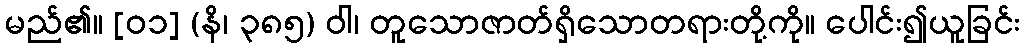
မည်၏။ [၀၁] (နိ၊ ၃၈၅) ဝါ၊ တူသောဇာတ်ရှိသောတရားတို့ကို။ ပေါင်း၍ယူခြင်း